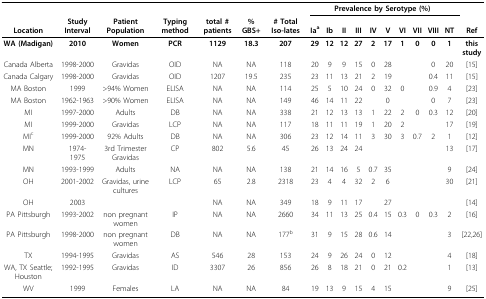
<table><thead><tr><td></td><td></td><td></td><td></td><td></td><td></td><td></td><td colspan="10"><b>Prevalence by Serotype (%)</b></td><td></td></tr><tr><td><b>Location</b></td><td><b>Study Interval</b></td><td><b>Patient Population</b></td><td><b>Typing method</b></td><td><b>total # patients</b></td><td><b>% GBS+</b></td><td><b># Total Iso-lates</b></td><td><b>Ia<sup>a</sup></b></td><td><b>Ib</b></td><td><b>II</b></td><td><b>III</b></td><td><b>IV</b></td><td><b>V</b></td><td><b>VI</b></td><td><b>VII</b></td><td><b>VIII</b></td><td><b>NT</b></td><td><b>Ref</b></td></tr></thead><tbody><tr><td><b>WA (Madigan)</b></td><td><b>2010</b></td><td><b>Women</b></td><td><b>PCR</b></td><td><b>1129</b></td><td><b>18.3</b></td><td><b>207</b></td><td><b>29</b></td><td><b>12</b></td><td><b>12</b></td><td><b>27</b></td><td><b>2</b></td><td><b>17</b></td><td><b>1</b></td><td><b>0</b></td><td><b>0</b></td><td><b>1</b></td><td><b>this study</b></td></tr><tr><td>Canada Alberta</td><td>1998-2000</td><td>Gravidas</td><td>OID</td><td>NA</td><td>NA</td><td>118</td><td>20</td><td>9</td><td>9</td><td>15</td><td>0</td><td>28</td><td></td><td></td><td>0</td><td>20</td><td>[15]</td></tr><tr><td>Canada Calgary</td><td>1998-2000</td><td>Gravidas</td><td>OID</td><td>1207</td><td>19.5</td><td>235</td><td>23</td><td>11</td><td>13</td><td>21</td><td>2</td><td>19</td><td></td><td></td><td>0.4</td><td>11</td><td>[15]</td></tr><tr><td>MA Boston</td><td>1999</td><td>&gt;94% Women</td><td>ELISA</td><td>NA</td><td>NA</td><td>114</td><td>25</td><td>5</td><td>10</td><td>24</td><td>0</td><td>32</td><td>0</td><td></td><td>0.9</td><td>4</td><td>[23]</td></tr><tr><td>MA Boston</td><td>1962-1963</td><td>&gt;90% Women</td><td>ELISA</td><td>NA</td><td>NA</td><td>149</td><td>46</td><td>14</td><td>11</td><td>22</td><td></td><td>0</td><td></td><td></td><td>0</td><td>7</td><td>[23]</td></tr><tr><td>MI</td><td>1997-2000</td><td>Adults</td><td>DB</td><td>NA</td><td>NA</td><td>338</td><td>21</td><td>12</td><td>13</td><td>13</td><td>1</td><td>22</td><td>2</td><td>0</td><td>0.3</td><td>12</td><td>[20]</td></tr><tr><td>MI</td><td>1999-2000</td><td>Gravidas</td><td>LCP</td><td>NA</td><td>NA</td><td>117</td><td>18</td><td>11</td><td>11</td><td>19</td><td>1</td><td>20</td><td>2</td><td></td><td></td><td>17</td><td>[19]</td></tr><tr><td>MI<sup>c</sup></td><td>1999-2000</td><td>92% Adults</td><td>DB</td><td>NA</td><td>NA</td><td>306</td><td>23</td><td>12</td><td>14</td><td>11</td><td>3</td><td>30</td><td>3</td><td>0.7</td><td>2</td><td>1</td><td>[12]</td></tr><tr><td>MN</td><td>1974- 1975</td><td>3rd Trimester Gravidas</td><td>CP</td><td>802</td><td>5.6</td><td>45</td><td>26</td><td>13</td><td>24</td><td>24</td><td></td><td></td><td></td><td></td><td></td><td>13</td><td>[17]</td></tr><tr><td>MN</td><td>1993-1999</td><td>Adults</td><td>NA</td><td>NA</td><td>NA</td><td>138</td><td>21</td><td>14</td><td>16</td><td>5</td><td>0.7</td><td>35</td><td></td><td></td><td></td><td>9</td><td>[24]</td></tr><tr><td>OH</td><td>2001-2002</td><td>Gravidas, urine cultures</td><td>LCP</td><td>65</td><td>2.8</td><td>2318</td><td>23</td><td>4</td><td>4</td><td>32</td><td>2</td><td>6</td><td></td><td></td><td></td><td>30</td><td>[21]</td></tr><tr><td>OH</td><td>2003</td><td></td><td></td><td>NA</td><td>NA</td><td>349</td><td>18</td><td>9</td><td>11</td><td>17</td><td></td><td>27</td><td></td><td></td><td></td><td></td><td>[14]</td></tr><tr><td>PA Pittsburgh</td><td>1993-2002</td><td>non pregnant women</td><td>IP</td><td>NA</td><td>NA</td><td>2660</td><td>34</td><td>11</td><td>13</td><td>25</td><td>0.4</td><td>15</td><td>0.3</td><td>0</td><td>0.3</td><td>2</td><td>[16]</td></tr><tr><td>PA Pittsburgh</td><td>1998-2000</td><td>non pregnant women</td><td>DB</td><td>NA</td><td>NA</td><td>177<sup>b</sup></td><td>31</td><td>9</td><td>15</td><td>28</td><td>0.6</td><td>14</td><td></td><td></td><td></td><td>3</td><td>[22,26]</td></tr><tr><td>TX</td><td>1994-1995</td><td>Gravidas</td><td>AS</td><td>546</td><td>28</td><td>153</td><td>24</td><td>9</td><td>26</td><td>24</td><td>0</td><td>12</td><td></td><td></td><td></td><td>4</td><td>[18]</td></tr><tr><td>WA, TX Seattle; Houston</td><td>1992-1995</td><td>Gravidas</td><td>ID</td><td>3307</td><td>26</td><td>856</td><td>26</td><td>8</td><td>18</td><td>21</td><td>0</td><td>21</td><td>0.2</td><td></td><td></td><td>1</td><td>[13]</td></tr><tr><td>WV</td><td>1999</td><td>Females</td><td>LA</td><td>NA</td><td>NA</td><td>84</td><td>19</td><td>13</td><td>9</td><td>15</td><td>4</td><td>15</td><td></td><td></td><td></td><td>9</td><td>[25]</td></tr></tbody></table>